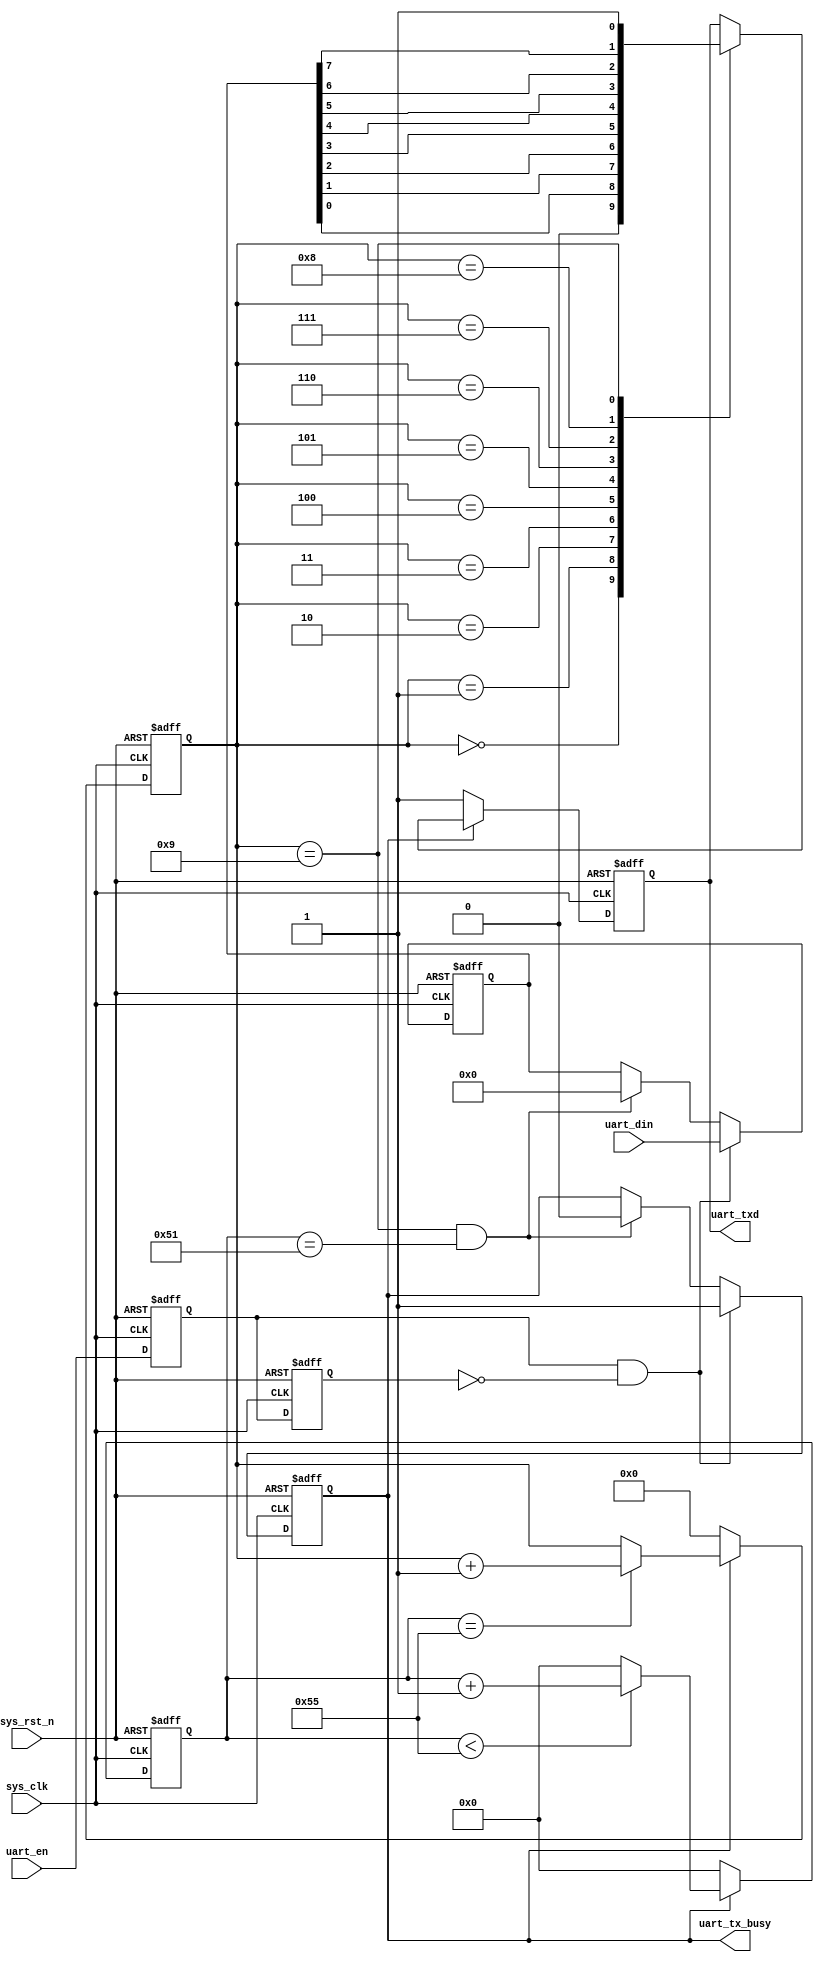
`timescale 1ns / 1ps
module uart_send(
    input sys_clk,
    input sys_rst_n,
    input uart_en,
    input [7:0] uart_din,
    output reg uart_txd,
    output uart_tx_busy);

    parameter CLK_FREQUENCY = 10_000_000;
    parameter UART_BPS = 115200;
    localparam BPS_CNT = CLK_FREQUENCY / UART_BPS; 

    reg uart_en_d0;
    reg uart_en_d1;
    reg tx_flag;
    reg [7:0] tx_data;
    reg [3:0] tx_cnt;
    reg [15:0] clk_cnt;
    
    initial
    begin
        tx_cnt <= 0;
        clk_cnt <= 0;
    end

    wire en_flag;

    assign uart_tx_busy = tx_flag;
    assign en_flag = uart_en_d0 & ~uart_en_d1;  //capture posedge

    //d0 is used for held the previous state, and d1 is for the present
    //combing these two we can figure out posedges or negedges
    always @(posedge sys_clk or negedge sys_rst_n) begin
        //reset
        if(!sys_rst_n) begin
            uart_en_d0 <= 1'b0;
            uart_en_d1 <= 1'b0;
        end
        else begin
            uart_en_d0 <= uart_en;
            uart_en_d1 <= uart_en_d0;
        end
    end

    initial
    begin
        tx_flag <= 1'b0;
    end
    //set tx_flag and preserve din
    always @(posedge sys_clk or negedge sys_rst_n) begin
        //reset
        if(!sys_rst_n) begin
            tx_flag <= 1'b0;
            tx_data <= 8'b0;
        end
        else if(en_flag) begin
            tx_flag <= 1'b1;
            tx_data <= uart_din;
        end
        else if((tx_cnt == 4'd9) && (clk_cnt == (BPS_CNT - BPS_CNT/16))) begin
            //use 15/16 of total bps to ensure the accuracy
            tx_flag <= 1'b0;
            tx_data <= 8'b0;
        end
        else begin
            tx_flag <= tx_flag;
            tx_data <= tx_data;
        end
    end

    //set clk_cnt
    always @(posedge sys_clk or negedge sys_rst_n) begin
        //reset
        if(!sys_rst_n) 
            clk_cnt <= 9'd0;
        else if(tx_flag) begin
            if(clk_cnt < BPS_CNT - 1)
                clk_cnt <= clk_cnt + 1'b1;
            else
                clk_cnt <= 9'd0;
        end
        else
            clk_cnt <= 9'd0;
    end

    //set tx_cnt
    always @(posedge sys_clk or negedge sys_rst_n) begin
        //reset
        if(!sys_rst_n) 
            tx_cnt <= 4'd0;
        else if(tx_flag) begin
            if(clk_cnt == BPS_CNT - 1)
                tx_cnt <= tx_cnt + 1'b1;
            else
                tx_cnt <= tx_cnt;
        end
        else
            tx_cnt <= 4'd0;
    end

    //convert to serial form
    initial
    begin
        uart_txd <= 1'b1;
    end
    
    always @(posedge sys_clk or negedge sys_rst_n) begin
        //reset
        if(!sys_rst_n)
            uart_txd <= 1'b1;
        else if(tx_flag) begin
            case (tx_cnt)
                4'd0 : uart_txd <= 1'b0;
                4'd1 : uart_txd <= tx_data[0];
                4'd2 : uart_txd <= tx_data[1];
                4'd3 : uart_txd <= tx_data[2];
                4'd4 : uart_txd <= tx_data[3];
                4'd5 : uart_txd <= tx_data[4];
                4'd6 : uart_txd <= tx_data[5];
                4'd7 : uart_txd <= tx_data[6];
                4'd8 : uart_txd <= tx_data[7];
                4'd9 : uart_txd <= 1'b1;
                default: ;
            endcase
        end
        else
            uart_txd <= 1'b1;
    end

endmodule